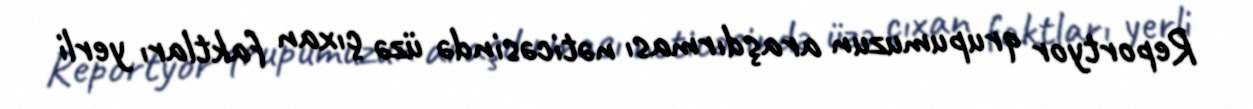
Reportyor qrupumuzun araşdırması nəticəsində üzə çıxan faktları yerli